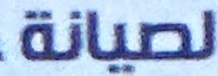
لصيانة